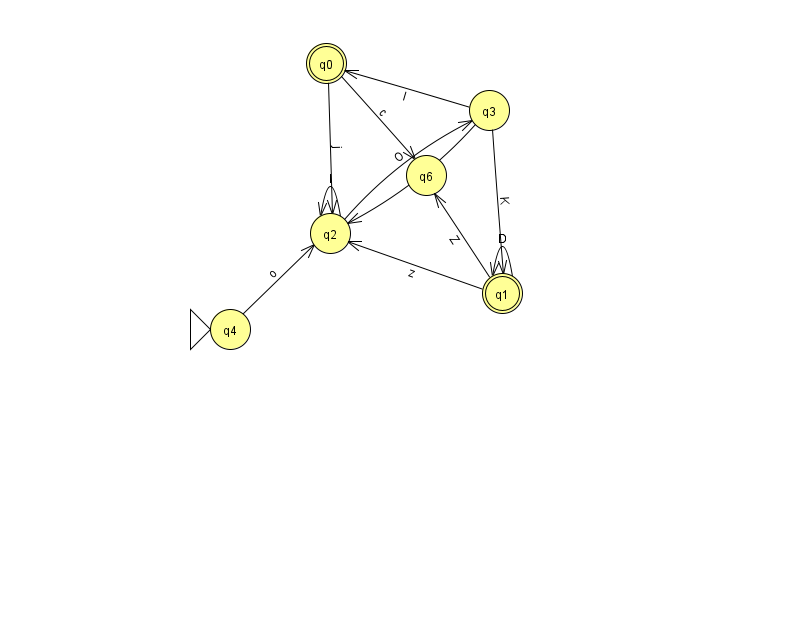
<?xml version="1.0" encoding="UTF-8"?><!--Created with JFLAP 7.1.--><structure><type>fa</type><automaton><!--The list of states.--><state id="0" name="q0"><x>326.0</x><y>50.0</y><final/></state><state id="1" name="q1"><x>502.0</x><y>280.0</y><final/></state><state id="2" name="q2"><x>330.0</x><y>220.0</y></state><state id="3" name="q3"><x>489.0</x><y>97.0</y></state><state id="4" name="q4"><x>230.0</x><y>316.0</y><initial/></state><state id="6" name="q6"><x>426.0</x><y>162.0</y></state><!--The list of transitions.--><transition><from>1</from><to>1</to><read>D</read></transition><transition><from>1</from><to>6</to><read>Z</read></transition><transition><from>2</from><to>2</to><read>I</read></transition><transition><from>2</from><to>3</to><read>O</read></transition><transition><from>0</from><to>2</to><read>j</read></transition><transition><from>3</from><to>0</to><read>l</read></transition><transition><from>0</from><to>6</to><read>c</read></transition><transition><from>3</from><to>1</to><read>K</read></transition><transition><from>1</from><to>2</to><read>z</read></transition><transition><from>3</from><to>2</to><read>Z</read></transition><transition><from>4</from><to>2</to><read>o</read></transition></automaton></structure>